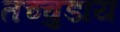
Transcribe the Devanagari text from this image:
तच्चुडाय